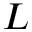
L